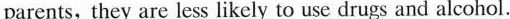
parents, they are less likely to use drugs and alcohol.